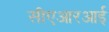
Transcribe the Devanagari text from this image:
सीएआरआई